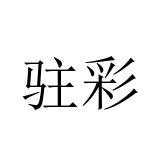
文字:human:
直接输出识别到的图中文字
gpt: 驻彩